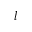
l